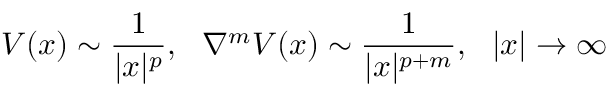
V ( x ) \sim \frac { 1 } { | x | ^ { p } } , \, \, \, \, \nabla ^ { m } V ( x ) \sim \frac { 1 } { | x | ^ { p + m } } , \, \, \, \, | x | \rightarrow \infty